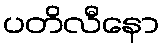
ပတိလီနော